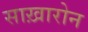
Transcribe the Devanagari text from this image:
साख़ारोन